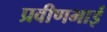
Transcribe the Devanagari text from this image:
प्रवीणभाई